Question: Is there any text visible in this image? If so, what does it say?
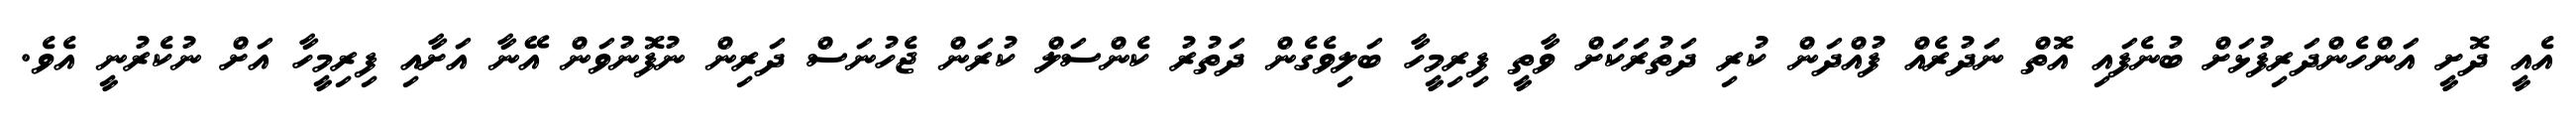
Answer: އެއީ ދޮށީ އަންހެންދަރިފުޅަށް ބުނެފައި އޮތް ނަދުރެއް ފުއްދަން ކުރި ދަތުރަކަށް ވާތީ ފިރިމީހާ ބަލިވެގެން ދަތުރު ކެންސަލް ކުރަން ޖެހުނަސް ދަރިން ނުފޮނުވަން އޭނާ އަށާއި ފިރިމީހާ އަށް ނުކެރުނީ އެވެ.